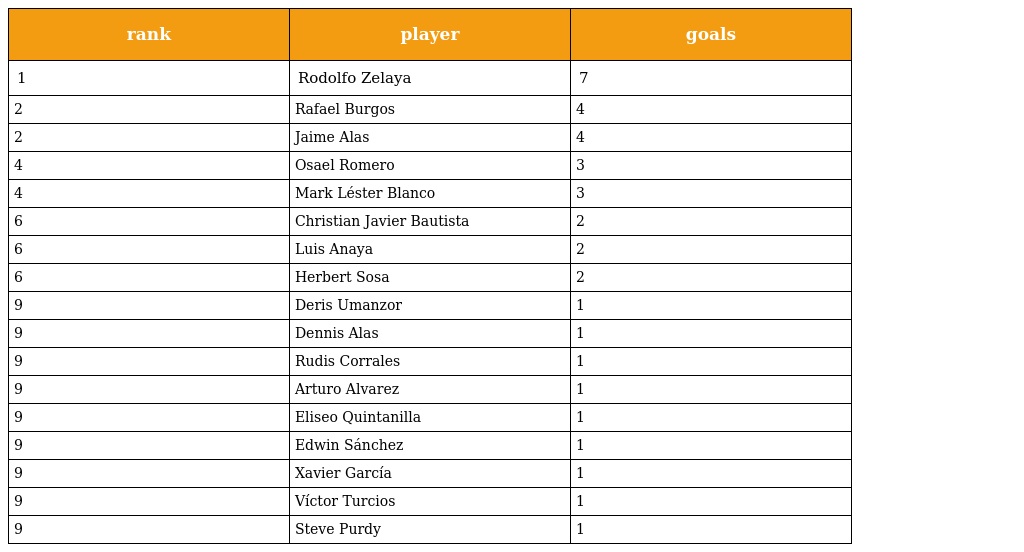
| rank | player | goals |
 | --- | --- | --- |
 | 1 | Rodolfo Zelaya | 7 |
 | 2 | Rafael Burgos | 4 |
 | 2 | Jaime Alas | 4 |
 | 4 | Osael Romero | 3 |
 | 4 | Mark Léster Blanco | 3 |
 | 6 | Christian Javier Bautista | 2 |
 | 6 | Luis Anaya | 2 |
 | 6 | Herbert Sosa | 2 |
 | 9 | Deris Umanzor | 1 |
 | 9 | Dennis Alas | 1 |
 | 9 | Rudis Corrales | 1 |
 | 9 | Arturo Alvarez | 1 |
 | 9 | Eliseo Quintanilla | 1 |
 | 9 | Edwin Sánchez | 1 |
 | 9 | Xavier García | 1 |
 | 9 | Víctor Turcios | 1 |
 | 9 | Steve Purdy | 1 |